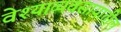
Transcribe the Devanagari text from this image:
वेश्याव्यवसायातील